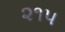
૨૧૫